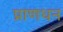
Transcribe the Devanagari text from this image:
प्राणधन